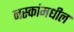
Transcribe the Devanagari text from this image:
नस्कांमधील